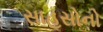
સાહસોનો